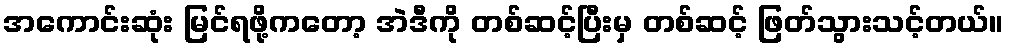
အကောင်းဆုံး မြင်ရဖို့ကတော့ အဲဒီကို တစ်ဆင့်ပြီးမှ တစ်ဆင့် ဖြတ်သွားသင့်တယ်။